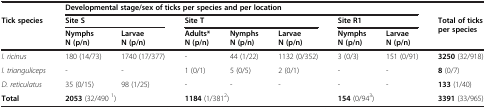
<table><thead><tr><td></td><td colspan="7"><b>Developmental stage/sex of ticks per species and per location</b></td><td></td></tr><tr><td rowspan="2"><b>Tick species</b></td><td colspan="2"><b>Site S</b></td><td colspan="3"><b>Site T</b></td><td colspan="2"><b>Site R1</b></td><td rowspan="2"><b>Total of ticks per species</b></td></tr><tr><td><b>NymphsN (p/n)</b></td><td><b>LarvaeN (p/n)</b></td><td><b>Adults*N (p/n)</b></td><td><b>NymphsN (p/n)</b></td><td><b>LarvaeN (p/n)</b></td><td><b>NymphsN (p/n)</b></td><td><b>LarvaeN (p/n)</b></td></tr></thead><tbody><tr><td><i>I. ricinus</i></td><td>180 (14/73)</td><td>1740 (17/377)</td><td>-</td><td>44 (1/22)</td><td>1132 (0/352)</td><td>3 (0/3)</td><td>151 (0/91)</td><td><b>3250</b> (32/918)</td></tr><tr><td><i>I. trianguliceps</i></td><td>-</td><td>-</td><td>1 (0/1)</td><td>5 (0/5)</td><td>2 (0/1)</td><td>-</td><td>-</td><td><b>8</b> (0/7)</td></tr><tr><td><i>D. reticulatus</i></td><td>35 (0/15)</td><td>98 (1/25)</td><td>-</td><td>-</td><td>-</td><td>-</td><td>-</td><td><b>133</b> (1/40)</td></tr><tr><td><b>Total</b></td><td colspan="2"><b>2053</b> (32/490 <sup>1</sup>)</td><td colspan="3"><b>1184</b> (1/381<sup>2</sup>)</td><td colspan="2"><b>154</b> (0/94<sup>3</sup>)</td><td><b>3391</b> (33/965)</td></tr></tbody></table>